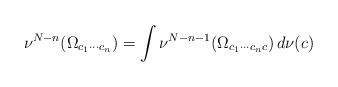
LaTeX: \begin{align*} \nu^{N - n}(\Omega_{c_{1}\cdots c_{n}}) = \int \nu^{N - n - 1}(\Omega_{c_{1}\cdots c_{n}c}) \, d\nu(c) \end{align*}